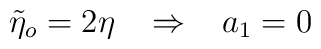
\tilde{\eta}_{o}=2\eta\,\,\,\,\,\Rightarrow\,\,\,\,\, a_{1}=0